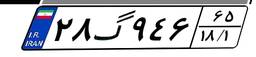
۲۸گ۹۴۶۶۵